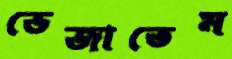
ভেজাতেম